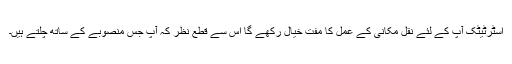
اسٹرٹیٹک آپ کے لئے نقل مکانی کے عمل کا مفت خیال رکھے گا اس سے قطع نظر کہ آپ جس منصوبے کے ساتھ چلتے ہیں۔